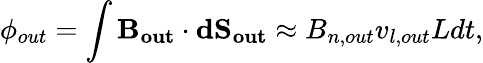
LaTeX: \phi_{out}=\int\mathbf{B_{out}}\cdot\mathbf{dS_{out}}\approx B_{n,out}v_{l,out}Ldt,